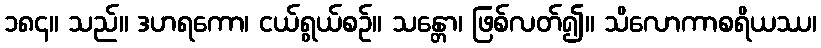
၁၈၄။ သည်။ ဒဟရကော၊ ငယ်ရွယ်စဉ်။ သန္တော၊ ဖြစ်လတ်၍။ သိလောကာစရိယဿ၊